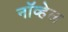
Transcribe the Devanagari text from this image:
नॉव्हेल